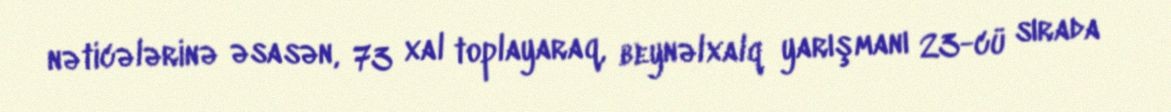
nəticələrinə əsasən, 73 xal toplayaraq, beynəlxalq yarışmanı 23-cü sırada